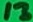
Text: 13